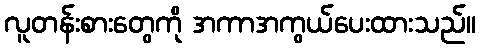
လူတန်းစားတွေကို အကာအကွယ်ပေးထားသည်။